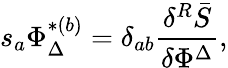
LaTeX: s_{a}\Phi_{\Delta}^{*(b)}=\delta_{ab}\frac{\delta^{R}\bar{S}}{\delta\Phi^{\Delta}},